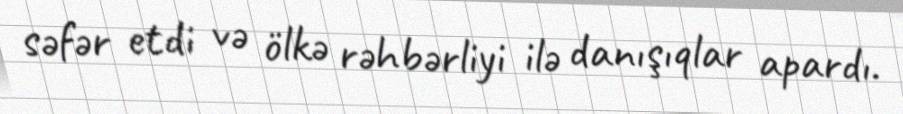
səfər etdi və ölkə rəhbərliyi ilə danışıqlar apardı.